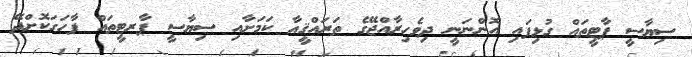
ސިޔާސީ ޕާޓީތައް ގުޅިފައި އޮންނަނީ ދިވެހިރާއްޖޭގެ ތަރައްޤީއާ ކަމަށާއި ސިޔާސީ ޕާރޓީތައް ފާހަގަކޮށްދޭ